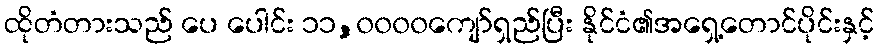
ထိုတံတားသည် ပေ ပေါင်း ၁၁,၀၀၀၀ကျော်ရှည်ပြီး နိုင်ငံ၏အရှေ့တောင်ပိုင်းနှင့်